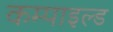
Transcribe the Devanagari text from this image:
कम्पाइल्ड